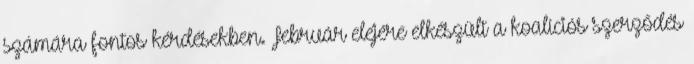
számára fontos kérdésekben. Február elejére elkészült a koalíciós szerződés